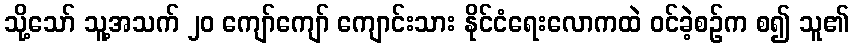
သို့သော် သူ့အသက် ၂၀ ကျော်ကျော် ကျောင်းသား နိုင်ငံရေးလောကထဲ ဝင်ခဲ့စဉ်က စ၍ သူ၏